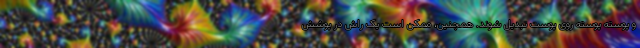
و پوسته پوسته روی پوست تبدیل شوند. همچنین، ممکن است یک راش در پوشش